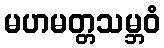
မဟမတ္တသမ္ဘဝံ